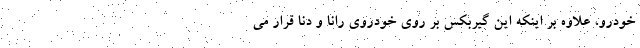
خودرو، علاوه بر اینکه این گیربکس بر روی خودروی رانا و دنا قرار می